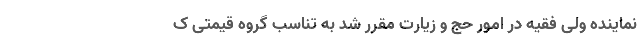
نماینده ولی فقیه در امور حج و زیارت مقرر شد به تناسب گروه قیمتی ک